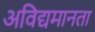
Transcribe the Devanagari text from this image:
अविद्यमानता